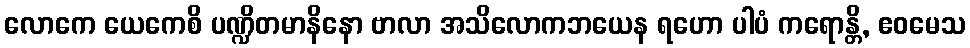
လောကေ ယေကေစိ ပဏ္ဍိတမာနိနော ဗာလာ အသိလောကဘယေန ရဟော ပါပံ ကရောန္တိ, ဧဝမေသ